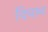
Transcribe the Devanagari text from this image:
दिचान